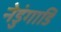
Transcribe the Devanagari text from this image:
नेडुंगाडि